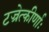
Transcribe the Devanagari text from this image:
टज्रेत्कीर्णाः